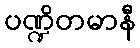
ပဏ္ဍိတမာနီ